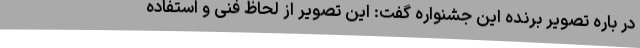
در باره تصویر برنده این جشنواره گفت: این تصویر از لحاظ فنی و استفاده